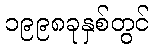
၁၉၉၈ခုနှစ်တွင်